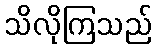
သိလိုကြသည်